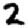
Digit: 2